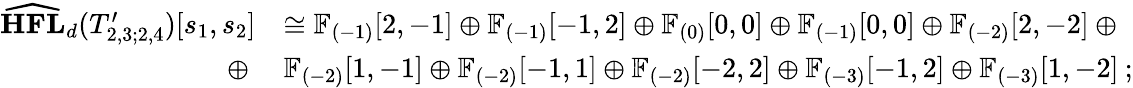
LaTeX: \begin{array}{rl}{\widehat{\textbf{HFL}}_{d}(T_{2,3;2,4}^{\prime})[s_{1},s_{2}]}&{\cong\mathbb{F}_{(-1)}[2,-1]\oplus\mathbb{F}_{(-1)}[-1,2]\oplus\mathbb{F}_{(0)}[0,0]\oplus\mathbb{F}_{(-1)}[0,0]\oplus\mathbb{F}_{(-2)}[2,-2]\: \oplus}\\ {\oplus\: }&{\mathbb{F}_{(-2)}[1,-1]\oplus\mathbb{F}_{(-2)}[-1,1]\oplus\mathbb{F}_{(-2)}[-2,2]\oplus\mathbb{F}_{(-3)}[-1,2]\oplus\mathbb{F}_{(-3)}[1,-2]\: ;}\end{array}